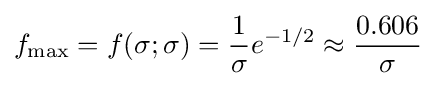
f_{\max }=f(\sigma ;\sigma )={\frac {1}{\sigma }}e^{-1/2}\approx {\frac {0.606}{\sigma }}